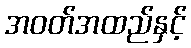
အဝတ်အထည်နှင့်